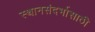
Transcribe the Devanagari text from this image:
स्थानसंदर्भासाठी